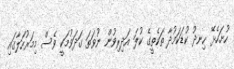
ހުށަހެޅޭ ހިނދު ކުޑަކަމުދާ ތަކެތީގެ ކުލަ އަދިރިވުން ނުވަތަ ގަދަވުމަކީ ވެސް މިމަރުހަލާގައި